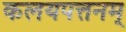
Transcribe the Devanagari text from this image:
कलयपत्तनम्